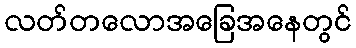
လတ်တလောအခြေအနေတွင်